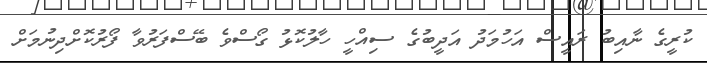
ކުރީގެ ނާއިބު ރައީސް އަހުމަދު އަދީބުގެ ސިއްހީ ހާލުކޮޅު ގޯސްވެ ބޭސްފަރުވާ ފޯރުކޮށްދިނުމަށް